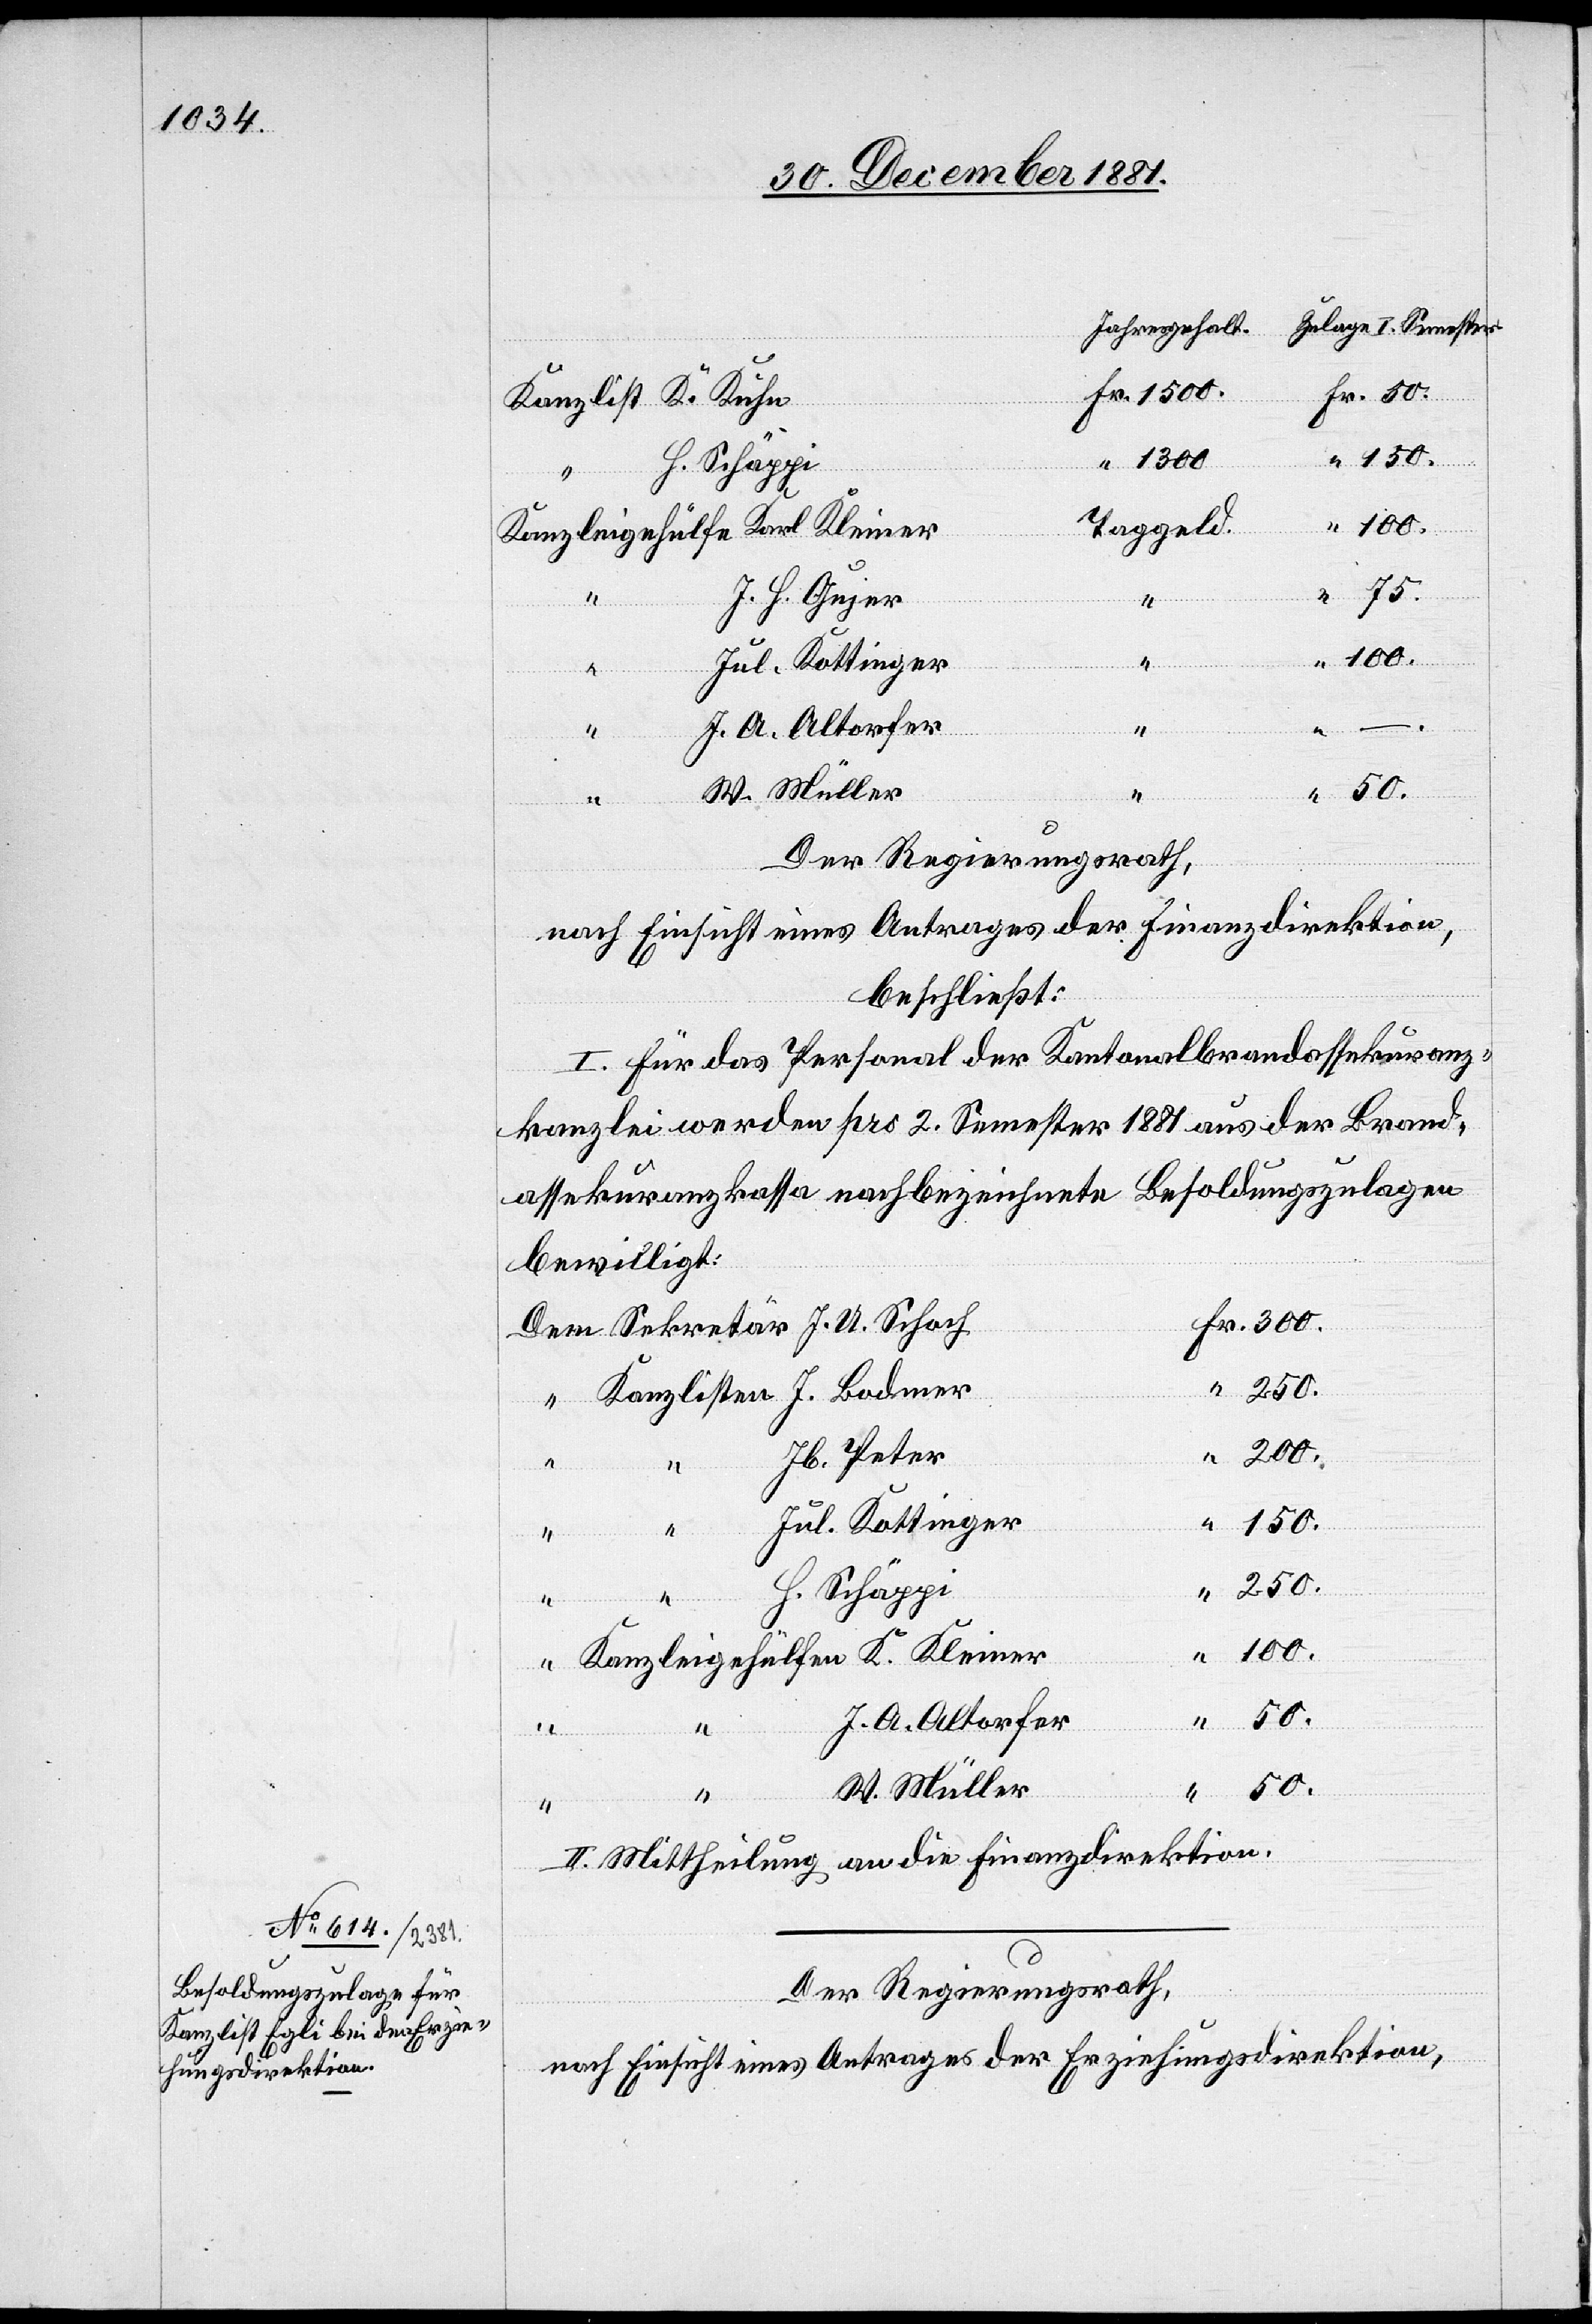
U. Schoch
Fr.
J.
Taggeld.
J. H. Gujer
Bodmer
J. A. Altorfer
K. Kleiner
W. Müller
Der Regierungsrath,
nach Einsicht eines Antrages der Finanzdirektion,
beschließt:
I. Für das Personal der Kantonalbrandassekuranz¬
kanzlei werden pro 2. Semester 1881 aus der Brand¬
assekuranzkassa nachbezeichnete Besoldungszulagen
bewilligt:
200.
1300.
Jb. Peter
Jul. Kottinger
150.
250.
H. Schäppi
50.
II. Mittheilung an die Finanzdirektion.
Der Regierungsrath,
nach Einsicht eines Antrages der Erziehungsdirektion,